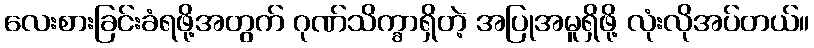
လေးစားခြင်းခံရဖို့အတွက် ဂုဏ်သိက္ခာရှိတဲ့ အပြုအမူရှိဖို့ လုံးလိုအပ်တယ်။